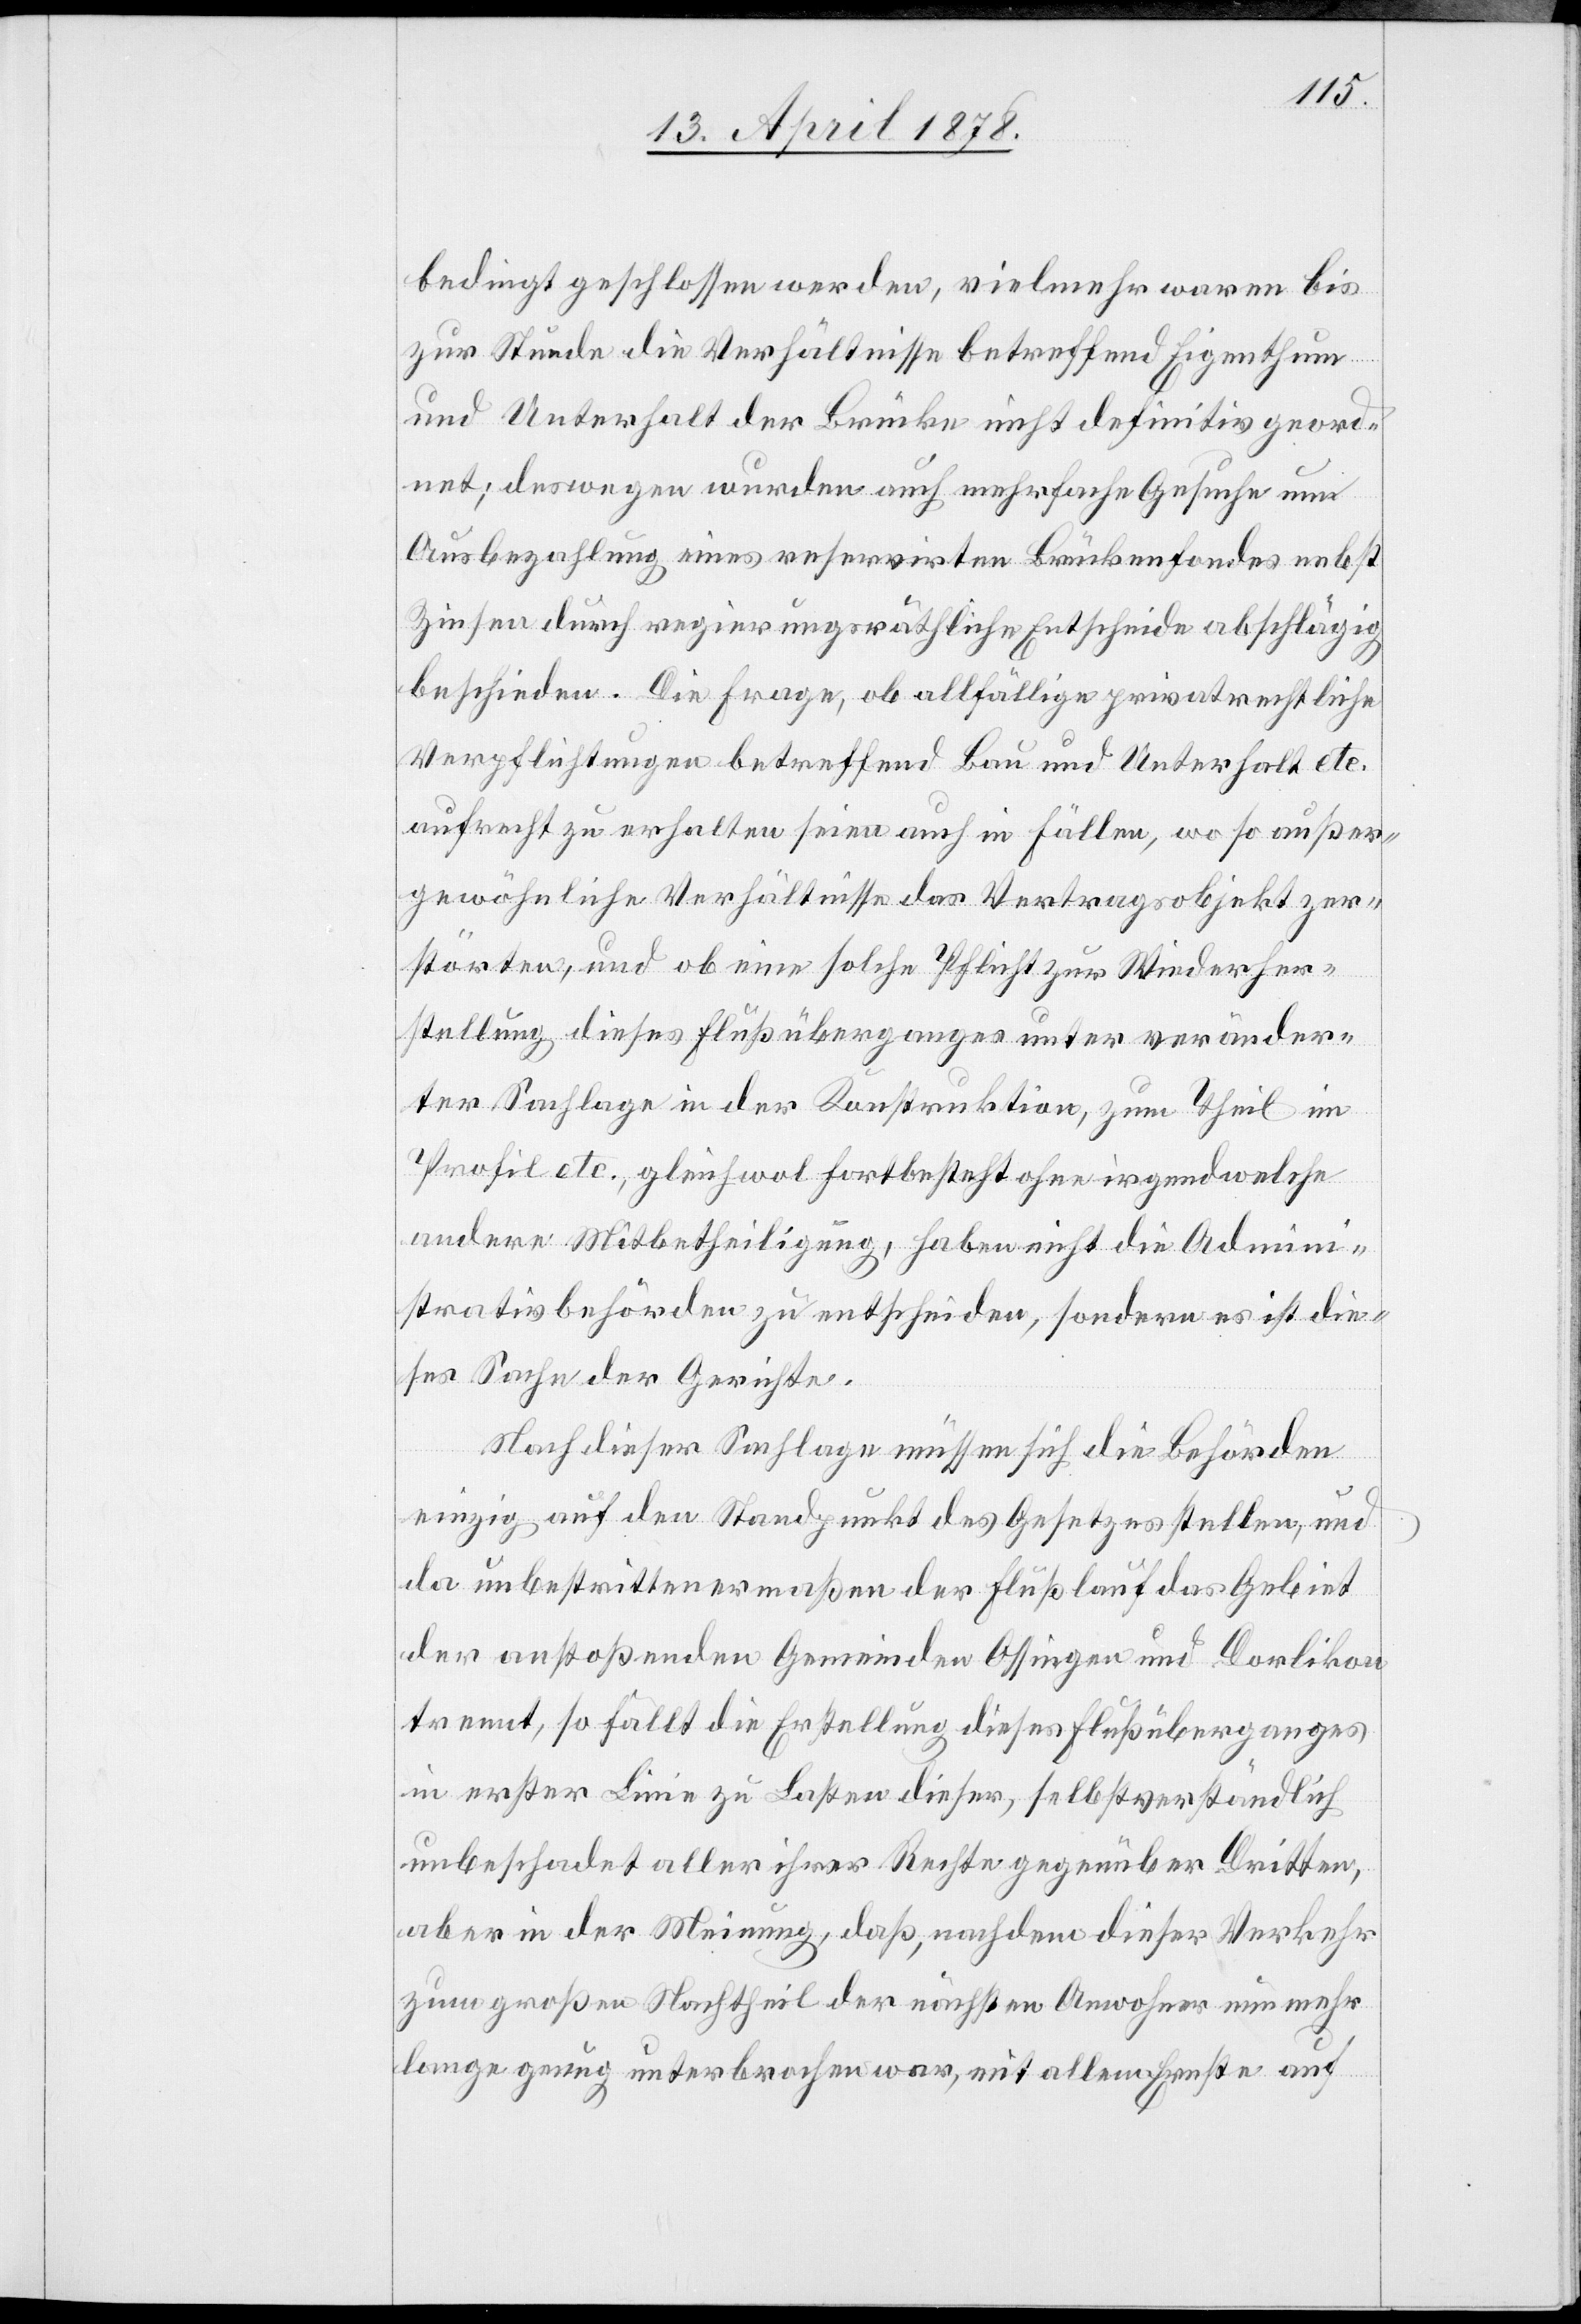
bedingt geschlossen werden, vielmehr waren bis
zur Stunde die Verhältnisse betreffend Eigenthum
und Unterhalt der Brücke nicht definitiv geord¬
net; deswegen wurden auch mehrfache Gesuche um
Ausbezahlung eines reservirten Brückenfondes nebst
Zinsen durch regierungsräthliche Entscheide abschlägig
beschieden. Die Frage, ob allfällige privatrechtliche
Verpflichtungen betreffend Bau und Unterhalt etc.
aufrecht zu erhalten seien auch in Fällen, wo so außer¬
gewöhnliche Verhältnisse das Vertragsobjekt zer¬
störten, und ob eine solche Pflicht zur Wiederher¬
stellung dieses Flußüberganges unter veränder¬
ter Sachlage in der Konstruktion, zum Theil im
Profil etc., gleichwol fortbesteht ohne irgendwelche
andere Mitbetheiligung, haben nicht die Admini¬
strativbehörden zu entscheiden, sondern es ist die¬
ses Sache der Gerichte.
Nach dieser Sachlage müssen sich die Behörden
einzig auf den Standpunkt des Gesetzes stellen, und
da unbestrittenermaßen der Flusslauf das Gebiet
der anstoßenden Gemeinden Ossingen und Dorlikon
trennt, so fällt die Erstellung dieses Flußüberganges
in erster Linie zu Lasten dieser, selbstverständlich
unbeschadet aller ihrer Rechte gegenüber Dritten,
aber in der Meinung, daß, nachdem dieser Verkehr
zum großen Nachtheil der nächsten Anwohner nunmehr
lange genug unterbrochen war, mit allem Ernste auf